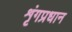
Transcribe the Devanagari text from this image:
शृंगप्रधान